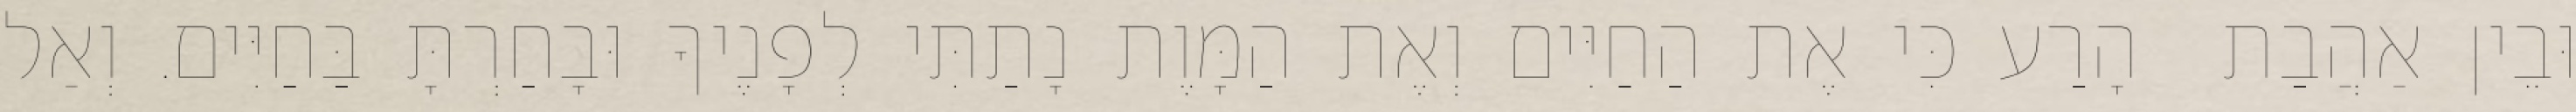
וּבֵין אַהֲבַת  הָרַע כִּי אֶת הַחַיִּים וְאֶת הַמָּוֶת נָתַתִּי לְפָנֶיךָ וּבָחַרְתָּ בַּחַיִּים. וְאַל